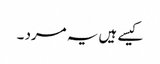
کیسے ہیں یہ مرد ۔